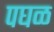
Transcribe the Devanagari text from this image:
पघळ